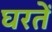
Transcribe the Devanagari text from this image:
घरतें